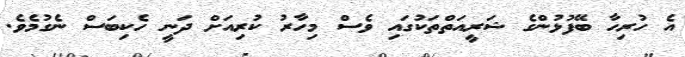
އެ ހުރިހާ ބޭފުޅުންގެ ޝަރީއަތްތަކުގައި ވެސް މިހާރު ކުރިއަށް ދަނީ ހެކިބަސް ނެގުމެވެ.